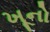
ખૂનો